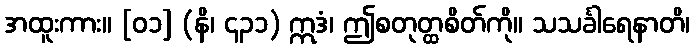
အထူးကား။ [၀၁] (နိ၊ ၄၃၁) ဣဒံ၊ ဤစတုတ္ထစိတ်ကို။ သသင်္ခါရေနာတိ၊